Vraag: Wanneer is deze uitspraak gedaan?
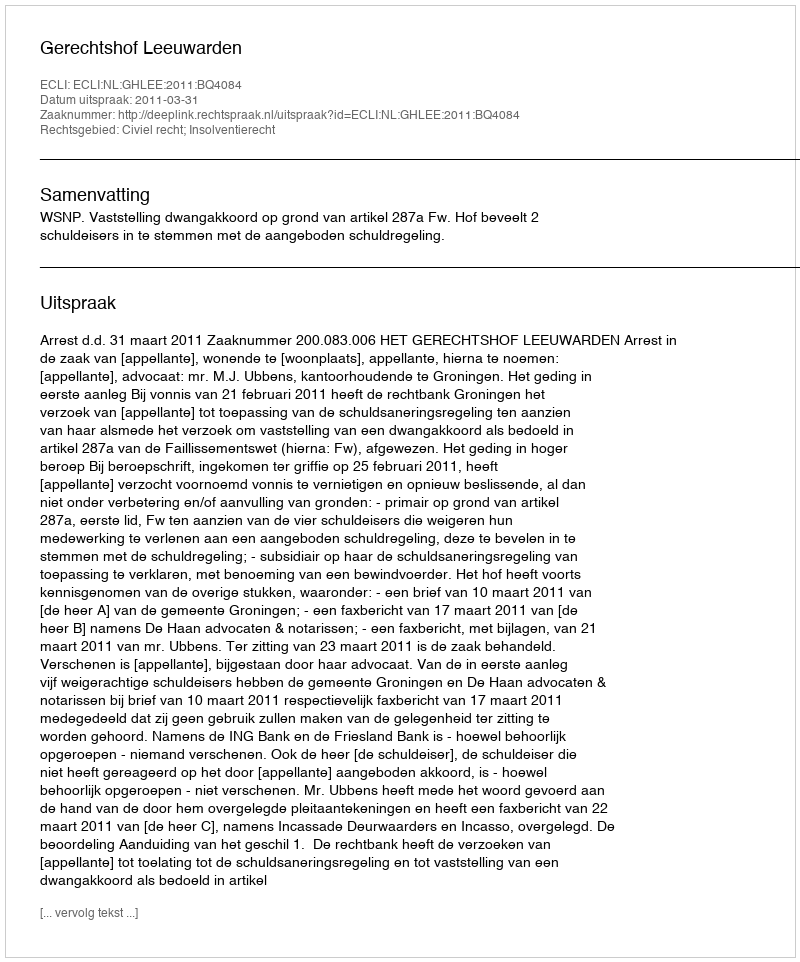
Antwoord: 2011-03-31